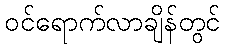
ဝင်ရောက်လာချိန်တွင်